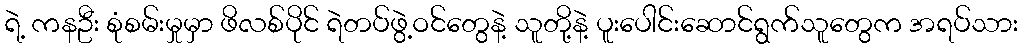
ရဲ့ ကနဦး စုံစမ်းမှုမှာ ဖိလစ်ပိုင် ရဲတပ်ဖွဲ့ဝင်တွေနဲ့ သူတို့နဲ့ ပူးပေါင်းဆောင်ရွက်သူတွေက အရပ်သား